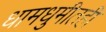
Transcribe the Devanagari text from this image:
धामधुमीतही